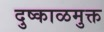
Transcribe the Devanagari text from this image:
दुष्काळमुक्त